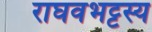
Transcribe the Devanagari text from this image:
राघवभट्टस्य